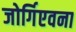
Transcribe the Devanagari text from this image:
जोर्गिएवना